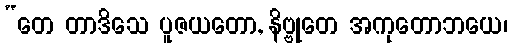
“တေ တာဒိသေ ပူဇယတော, နိဗ္ဗုတေ အကုတောဘယေ၊